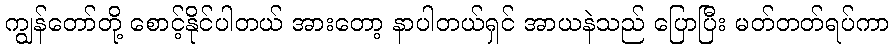
ကျွန်တော်တို့ စောင့်နိုင်ပါတယ် အားတော့ နာပါတယ်ရှင် အာယနဲသည် ပြောပြီး မတ်တတ်ရပ်ကာ